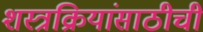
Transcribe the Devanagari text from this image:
शस्त्रक्रियांसाठीची